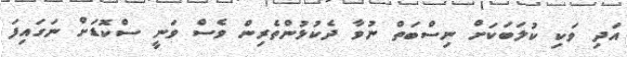
އަދި ވަކި ކުލަބަކަށް ނިސްބަތް ނުވާ ދެކުޅުންތެރިން ވެސް ވަނީ ސްކޮޑަށް ނަގައިފަ